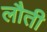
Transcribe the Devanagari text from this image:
लौती